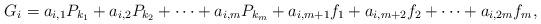
LaTeX: \begin{align*}G_i=a_{i,1}P_{k_1}+a_{i,2}P_{k_2}+\dots+a_{i,m}P_{k_m}+a_{i,m+1}f_1+a_{i,m+2}f_2+\dots+a_{i,2m}f_m,\end{align*}